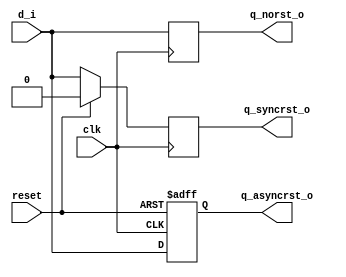
module day2(clk,reset,d_i,q_norst_o,q_asyncrst_o,q_syncrst_o);
  input wire  clk;
  input wire  reset;

  input wire d_i;

  output reg q_norst_o;
  output reg q_syncrst_o;
  output reg q_asyncrst_o;

  always @(posedge clk)
    q_norst_o <= d_i;


  always @(posedge clk)
    if (reset)
      q_syncrst_o <= 1'b0;
    else
      q_syncrst_o <= d_i;

  always @(posedge clk or posedge reset)
    if (reset)
      q_asyncrst_o <= 1'b0;
    else
      q_asyncrst_o <= d_i;

endmodule